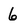
Character: 6